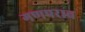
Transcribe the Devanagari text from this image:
गणपराव